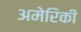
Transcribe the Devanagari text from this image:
अमेरिकी